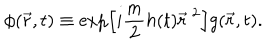
\phi ( \vec { r } , t ) \equiv \exp \left[ i \frac { m } { 2 } h ( t ) { \vec { r } } ^ { \ 2 } \right] g ( \vec { r } , t ) .